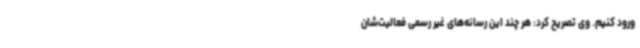
ورود کنیم. وی تصریح کرد: هر چند این رسانه‌های غیر رسمی فعالیت‌شان